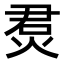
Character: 𤉅